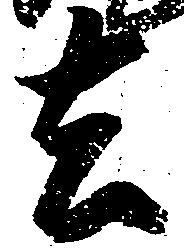
去